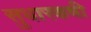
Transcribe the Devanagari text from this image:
सुधारकची